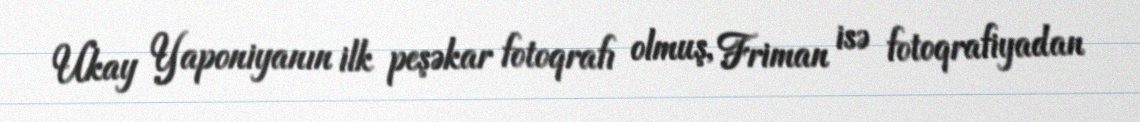
Ukay Yaponiyanın ilk peşəkar fotoqrafı olmuş, Friman isə fotoqrafiyadan